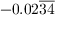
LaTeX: - 0 . 0 2 { \overline { { 3 4 } } }